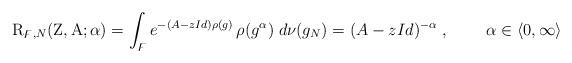
LaTeX: \begin{align*}\mathrm{R}_{\digamma,N}(\mathrm{Z},\mathrm{A};\alpha) = \int_{\digamma} e^{-(A-zId)\rho(g)}\,\rho(g^{\alpha})\;d\nu(g_N)=(A-zId)^{-\alpha}\;,\;\;\;\;\;\;\;\;\alpha\in\langle0,\infty\rangle\end{align*}